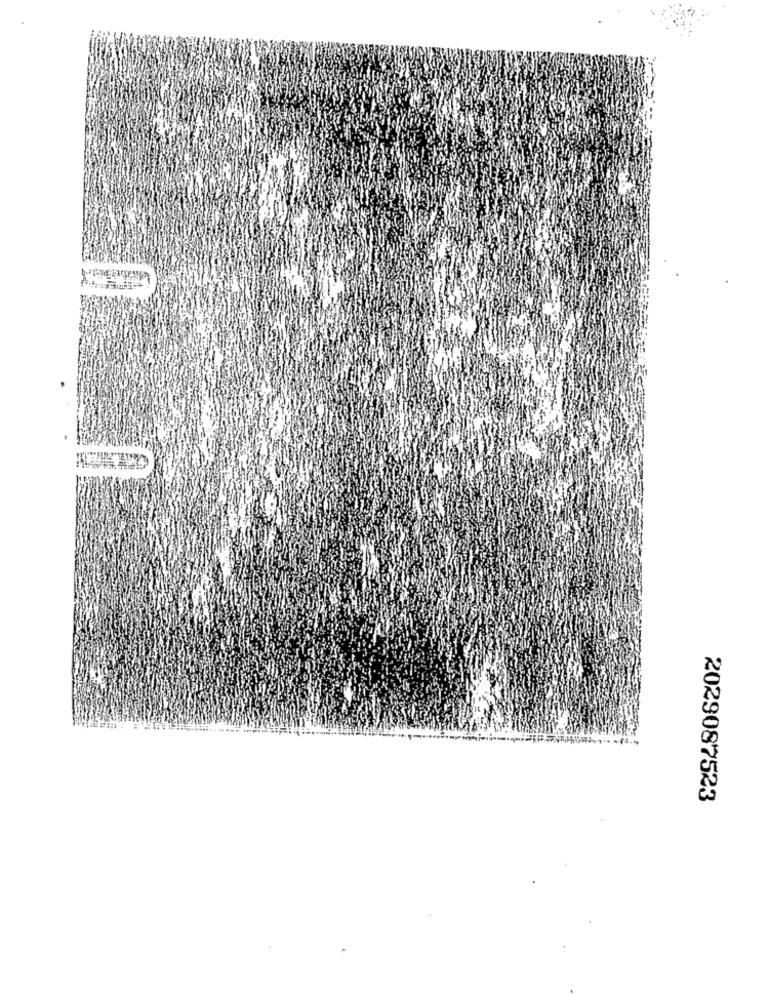
2029087523